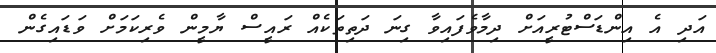
އަދި އެ އިންޑަސްޓުރީއަށް ދިމާވެފައިވާ ގިނަ ދަތިތަކެއް ރައީސް ޔާމީން ވެރިކަމަށް ވަޑައިގެން